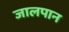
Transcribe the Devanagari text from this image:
जालपान